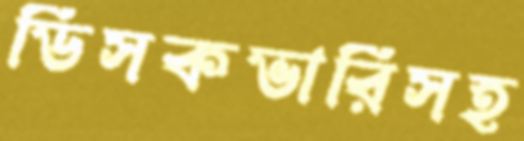
ডিসকভারিসহ